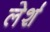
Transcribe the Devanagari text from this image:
लेर्श